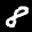
Label: 8